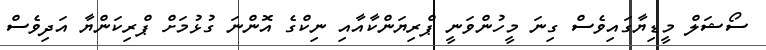
ސޯޝަލް މީޑިޔާގައިވެސް ގިނަ މީހުންވަނީ ޕްރިޔަންކާއާއި ނިކްގެ އޮންނަ ގުޅުމަށް ޕްރިކަންޔާ އަދިވެސް